Madras marine plague regulations
Disease focus: Plague
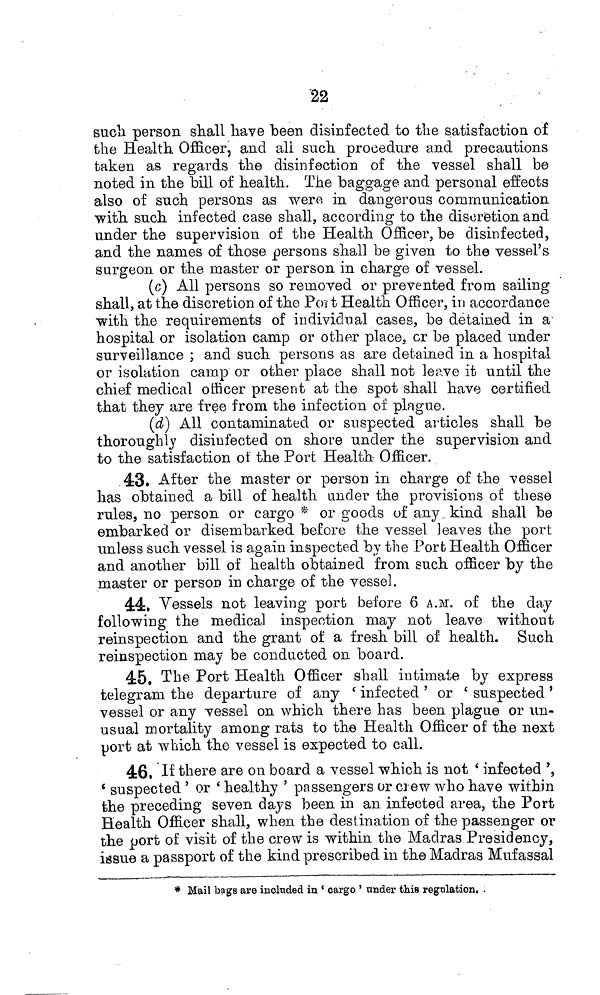
22
such person shall have been disinfected to the satisfaction of
the Health Officer, and all such procedure and precautions
taken as regards the disinfection of the vessel shall be
noted in the bill of health. The baggage and personal effects
also of such persons as were in dangerous communication
with such infected case shall, according to the discretion and
under the supervision of the Health Officer, be disinfected,
and the names of those persons shall be given to the vessel's
surgeon or the master or person in charge of vessel.
(c) All persons so removed or prevented from sailing
shall, at the discretion of the Port Health Officer, in accordance
with the requirements of individual cases, be detained in a
hospital or isolation camp or other place, cr be placed under
surveillance ; and such persons as are detained in a hospital
or isolation camp or other place shall not leave it until the
chief medical officer present at the spot shall have certified
that they are free from the infection of plague.
(d) All contaminated or suspected articles shall be
thoroughly disinfected on shore under the supervision and
to the satisfaction ot the Port Health Officer.
48. After the master or person in charge of the vessel
has obtained a bill of health under the provisions oí these
rules, no person or cargo * or goods of any kind shall be
embarked or disembarked before the vessel leaves the port
unless such vessel is again inspected by the Port Health Officer
and another bill of health obtained from such officer by the
master or person) in charge of the vessel.
44. Vessels not leaving port before 6 A.M. of the day
following the medical inspection may not leave without
reinspection and the grant of a fresh bill of health. Such
reinspection may be conducted on board.
45. The Port Health Officer shall intimate by express
telegram the departure of any ' infected ' or ' suspected '
vessel or any vessel on which there has been plague or un-
usual mortality among rats to the Health Officer of the next
port at which the vessel is expected to call.
46. If there are on board a vessel which is not ' infected ',
' suspected ' or ' healthy ' passengers or crew who have within
the preceding seven days been in an infected area, the Port
Health Officer shall, when the destination of the passenger or
the port of visit of the crew is within the Madras Presidency,
issue a passport of the kind prescribed in the Madras Mufassal
* Mail bags are included in ' cargo ' under this regulation. .